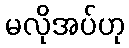
မလိုအပ်ဟု